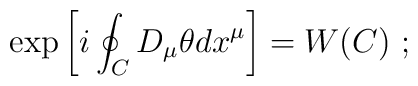
\exp\left[i\oint_C D_\mu\theta dx^\mu\right]= W(C)~;